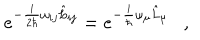
LaTeX: e ^ { - \frac { i } { 2 \hbar } \omega _ { i j } \hat { L } _ { i j } } = e ^ { - \frac { i } { \hbar } \omega _ { \mu } \hat { L } _ { \mu } } \ \ \ ,